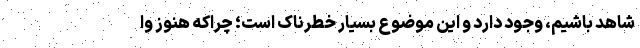
شاهد باشیم، وجود دارد و این موضوع بسیار خطرناک است؛ چراکه هنوز وا